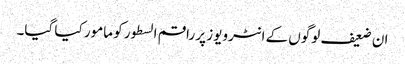
ان ضعیف لوگوں کے انٹرویوز پر راقم السطور کو مامور کیا گیا۔